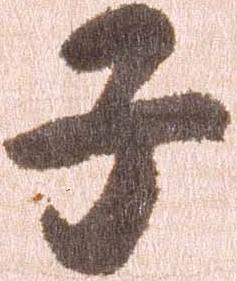
子